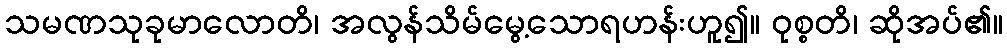
သမဏသုခုမာလောတိ၊ အလွန်သိမ်မွေ့သောရဟန်းဟူ၍။ ဝုစ္စတိ၊ ဆိုအပ်၏။